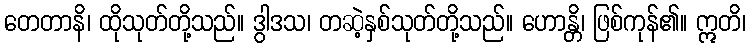
တေတာနိ၊ ထိုသုတ်တို့သည်။ ဒွါဒသ၊ တဆဲ့နှစ်သုတ်တို့သည်။ ဟောန္တိ၊ ဖြစ်ကုန်၏။ ဣတိ၊